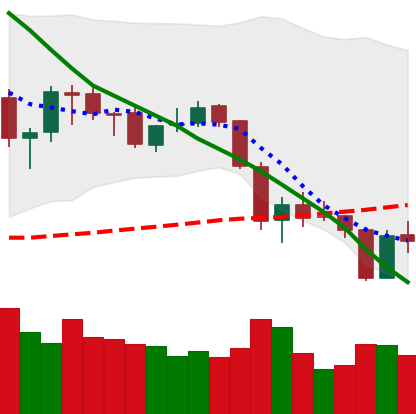
Ticker: ETH-USD
Chart end date: 2018-05-30
Forward return: 5.968%
Label: up_5_7